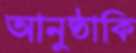
আনুষ্ঠাকি